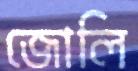
জোলি